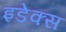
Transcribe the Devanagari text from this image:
इडेक्स